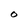
Character: O